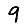
Digit: 9